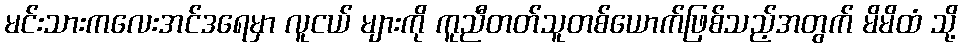
မင်းသားကလေးအင်ဒရေမှာ လူငယ် များကို ကူညီတတ်သူတစ်ယောက်ဖြစ်သည့်အတွက် မိမိထံ သို့